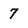
Character: 7